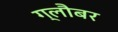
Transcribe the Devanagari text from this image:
ग्लौबर